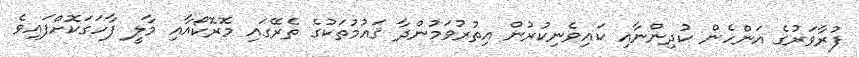
ފުރާވަރުގެ އަންހެން ކުދިންނާއި ކައިވެނިކުރުން އިތުރުވަމުންދާ ޤައުމުތަކުގެ ތެރޭގައި މޮރޮކޯއާއި މާލީ ފާހަގަކޮށްފައިވެ